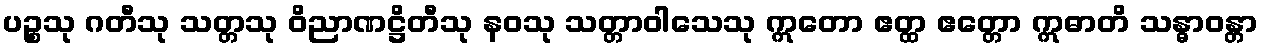
ပဉ္စသု ဂတီသု သတ္တသု ဝိညာဏဋ္ဌိတီသု နဝသု သတ္တာဝါသေသု ဣတော ဧတ္ထ ဧတ္တော ဣဓာတိ သန္ဓာဝန္တာ